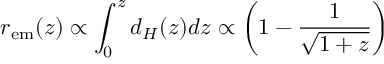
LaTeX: r _ { \mathrm { e m } } ( z ) \propto \int _ { 0 } ^ { z } d _ { H } ( z ) d z \propto \left( 1 - \frac { 1 } { \sqrt { 1 + z } } \right)